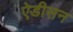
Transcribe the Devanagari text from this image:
ऐडीसन